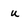
Character: u